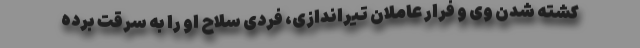
کشته شدن وی و فرار عاملان تیراندازی، فردی سلاح او را به سرقت برده